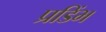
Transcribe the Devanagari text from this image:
प्रडिंभ